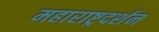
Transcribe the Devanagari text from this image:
महाराष्ट्रदर्शन